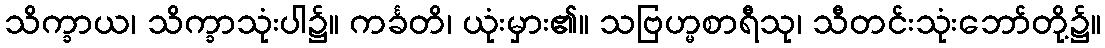
သိက္ခာယ၊ သိက္ခာသုံးပါ၌။ ကင်္ခတိ၊ ယုံးမှား၏။ သဗြဟ္မစာရီသု၊ သီတင်းသုံးဘော်တို့၌။